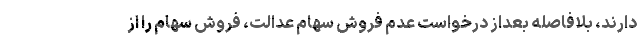
دارند، بلافاصله بعداز درخواست عدم فروش سهام عدالت، فروش سهام را از